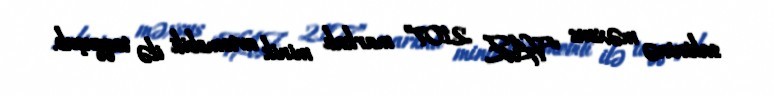
sakininə məxsus “VAZ 2107” markalı minik avtomobili ilə toqquşub.